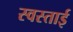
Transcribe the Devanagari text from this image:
स्वस्ताई